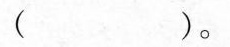
（ ）。